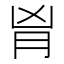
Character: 𦙄